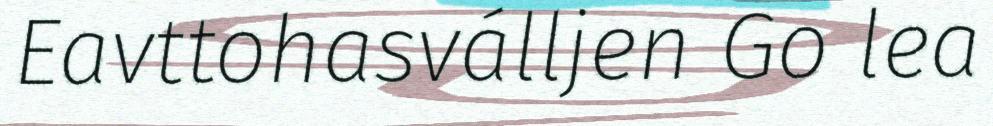
Eavttohasválljen Go lea